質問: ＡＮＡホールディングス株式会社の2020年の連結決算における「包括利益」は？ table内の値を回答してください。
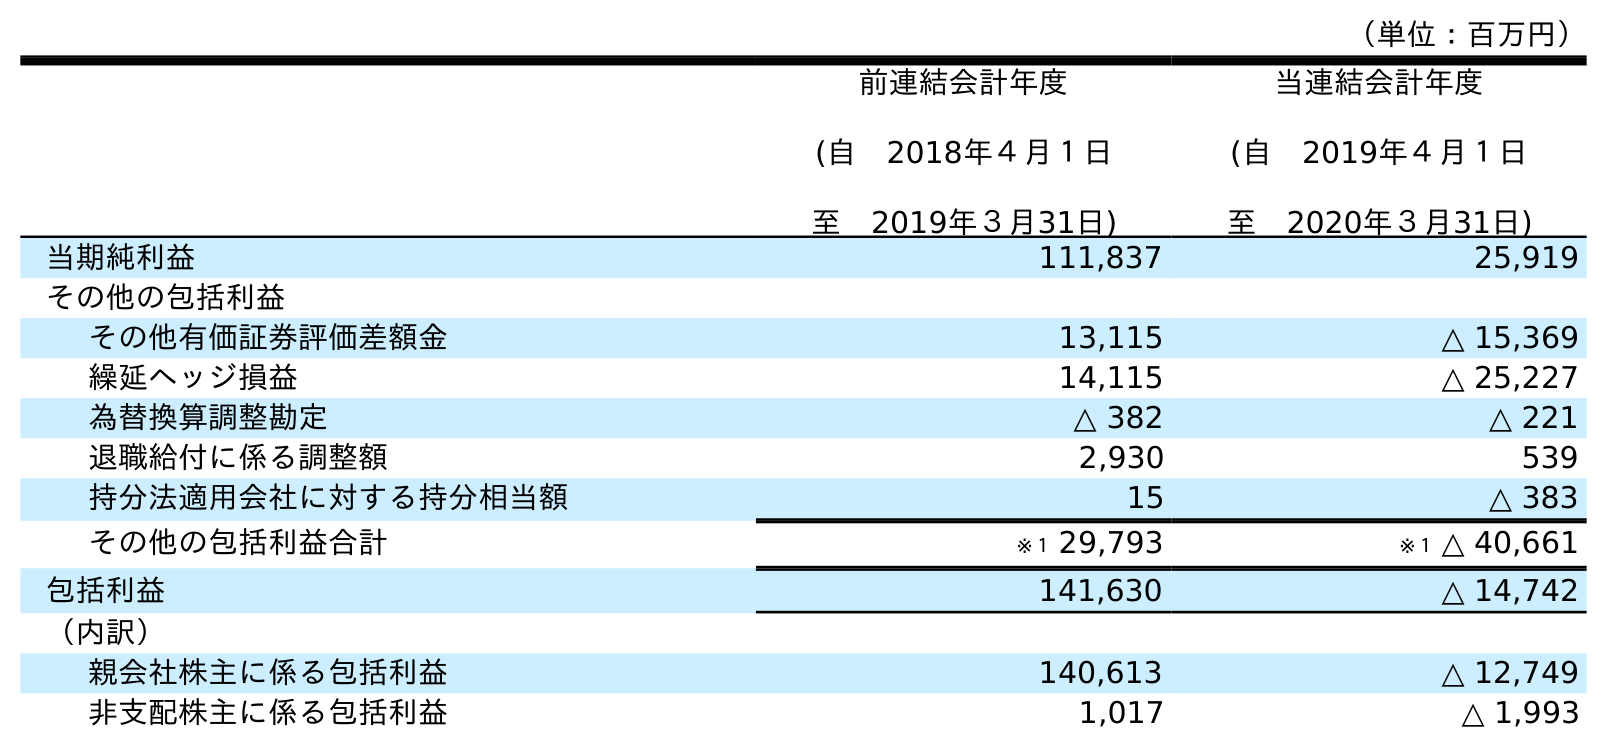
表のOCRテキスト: （単位：百万円） 前連結会計年度 (自 2018年４月１日 至 2019年３月31日) 当連結会計年度 (自 2019年４月１日 至 2020年３月31日) 当期純利益 111,837 25,919 その他の包括利益 その他有価証券評価差額金 13,115 △ 15,369 繰延ヘッジ損益 14,115 △ 25,227 為替換算調整勘定 △ 382 △ 221 退職給付に係る調整額 2,930 539 持分法適用会社に対する持分相当額 15 △ 383 その他の包括利益合計 ※１ 29,793 ※１ △ 40,661 包括利益 141,630 △ 14,742 （内訳） 親会社株主に係る包括利益 140,613 △ 12,749 非支配株主に係る包括利益 1,017 △ 1,993
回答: △14,742